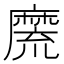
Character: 𪎣